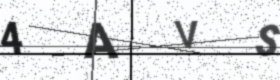
Text: 4AVS